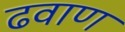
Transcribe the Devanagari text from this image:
ढवाण